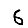
Digit: 6